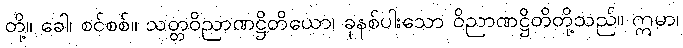
တို့။ ခေါ၊ စင်စစ်။ သတ္တဝိညာဏဋ္ဌိတိယော၊ ခုနစ်ပါးသော ဝိညာဏဋ္ဌိတိတို့သည်။ ဣမာ၊